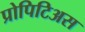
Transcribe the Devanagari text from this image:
प्रोपिटिअस